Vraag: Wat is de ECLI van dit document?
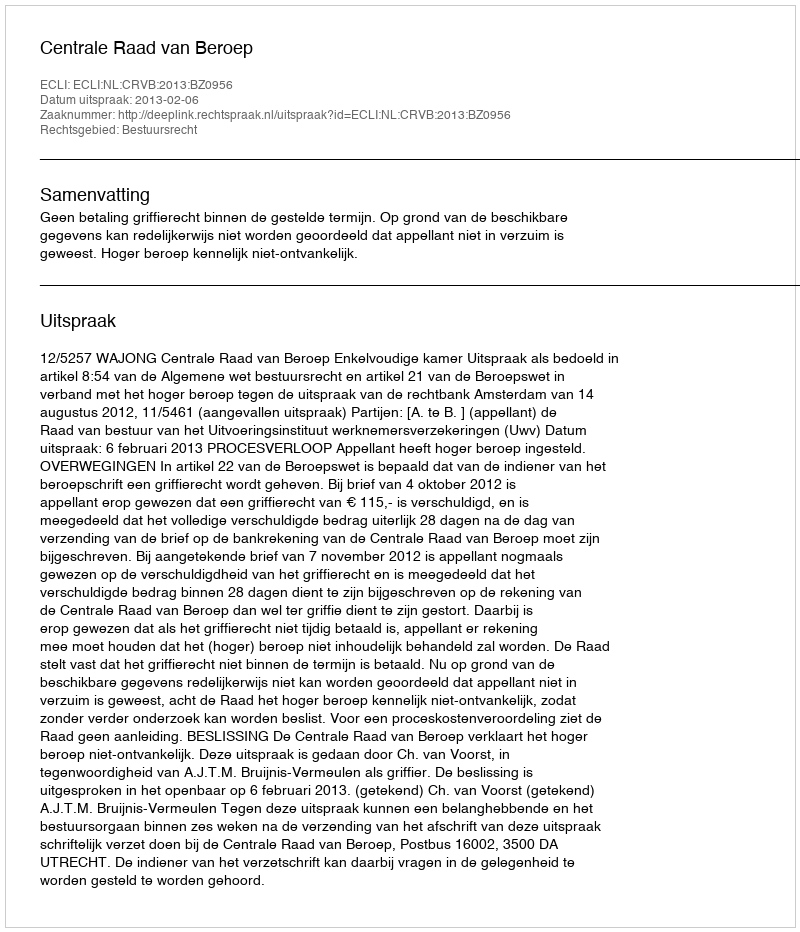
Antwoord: ECLI:NL:CRVB:2013:BZ0956